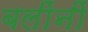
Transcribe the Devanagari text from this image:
बलींनीं